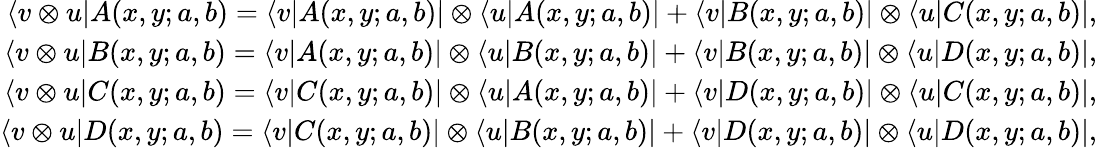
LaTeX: \begin{array}{r}{\langle v\otimes u|A(x,y;a,b)=\langle v|A(x,y;a,b)|\otimes\langle u|A(x,y;a,b)|+\langle v|B(x,y;a,b)|\otimes\langle u|C(x,y;a,b)|,}\\ {\langle v\otimes u|B(x,y;a,b)=\langle v|A(x,y;a,b)|\otimes\langle u|B(x,y;a,b)|+\langle v|B(x,y;a,b)|\otimes\langle u|D(x,y;a,b)|,}\\ {\langle v\otimes u|C(x,y;a,b)=\langle v|C(x,y;a,b)|\otimes\langle u|A(x,y;a,b)|+\langle v|D(x,y;a,b)|\otimes\langle u|C(x,y;a,b)|,}\\ {\langle v\otimes u|D(x,y;a,b)=\langle v|C(x,y;a,b)|\otimes\langle u|B(x,y;a,b)|+\langle v|D(x,y;a,b)|\otimes\langle u|D(x,y;a,b)|,}\end{array}